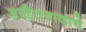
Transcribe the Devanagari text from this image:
अद्वैतवादाचे